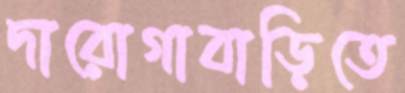
দারোগাবাড়িতে